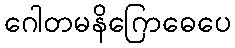
ဂေါတမနိဂြောဓေပေ